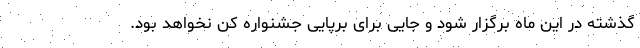
گذشته در این ماه برگزار شود و جایی برای برپایی جشنواره کن نخواهد بود.